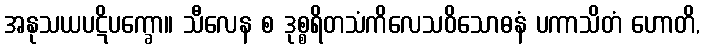
အနုသယပဋိပက္ခော။ သီလေန စ ဒုစ္စရိတသံကိလေသဝိသောဓနံ ပကာသိတံ ဟောတိ,